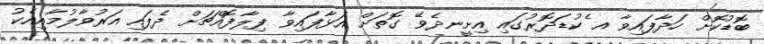
ބޮޑުކޮށް ހަދާފައިވާ އ ެކުޑަދޮރުގައި އިށީނދެވޭ ގޮތަށް އަޅާފައިވާ ފިލާފޮއްޗަށް ދެފައި އަރުވާލުމާއިއެކު